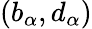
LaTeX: (b_{\alpha},d_{\alpha})